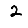
Digit: 2